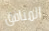
المنافق